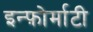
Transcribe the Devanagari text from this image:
इन्फ़ोर्माटी